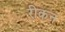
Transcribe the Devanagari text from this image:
रीकन